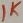
Text: 1K